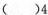
( )4.